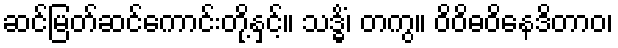
ဆင်မြတ်ဆင်ကောင်းတို့နှင့်။ သဒ္ဓိံ၊ တကွ။ ဝိဝိဓဝိနေဒိတာဝ၊